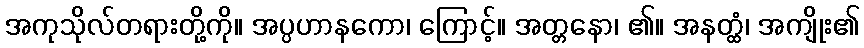
အကုသိုလ်တရားတို့ကို။ အပ္ပဟာနကော၊ ကြောင့်။ အတ္တနော၊ ၏။ အနတ္ထံ၊ အကျိုး၏